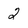
Character: 2